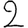
Digit: 2